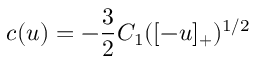
c ( u ) = - \frac { 3 } { 2 } C _ { 1 } ( [ - u ] _ { + } ) ^ { 1 / 2 }